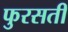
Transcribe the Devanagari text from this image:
फुरसती